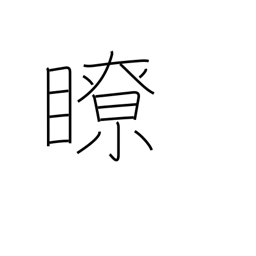
Meaning: clear